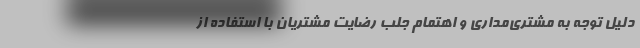
دلیل توجه به مشتری‌مداری و اهتمام جلب رضایت مشتریان با استفاده از